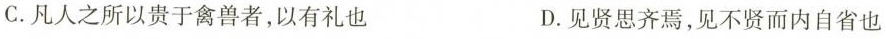
C.凡人之所以贵于禽兽者，以有礼也 D.见贤思齐焉，见不贤而内自省也